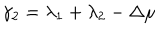
LaTeX: \gamma _ { 2 } = \lambda _ { 1 } + \lambda _ { 2 } - \Delta \mu